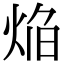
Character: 焔